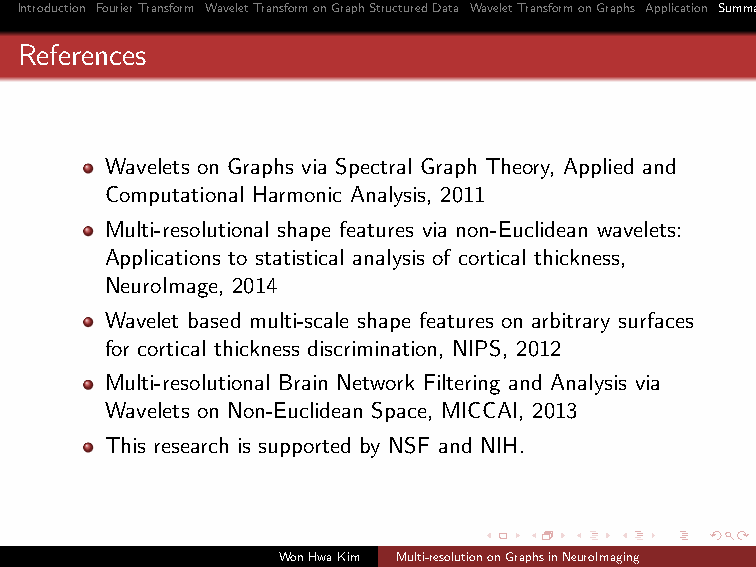
Introduction FourierTransform WaveletTransformonGraphStructuredData WaveletTransformonGraphs Application Summary
 References
 Wavelets on Graphs via Spectral Graph Theory, Applied and
 Computational Harmonic Analysis, 2011
 Multi-resolutional shape features via non-Euclidean wavelets:
 Applications to statistical analysis of cortical thickness,
 NeuroImage, 2014
 Wavelet based multi-scale shape features on arbitrary surfaces
 for cortical thickness discrimination, NIPS, 2012
 Multi-resolutional Brain Network Filtering and Analysis via
 Wavelets on Non-Euclidean Space, MICCAI, 2013
 This research is supported by NSF and NIH.
 WonHwaKim Multi-resolutiononGraphsinNeuroImaging